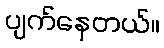
ပျက်နေတယ်။